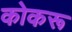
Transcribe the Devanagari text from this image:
कोकरू